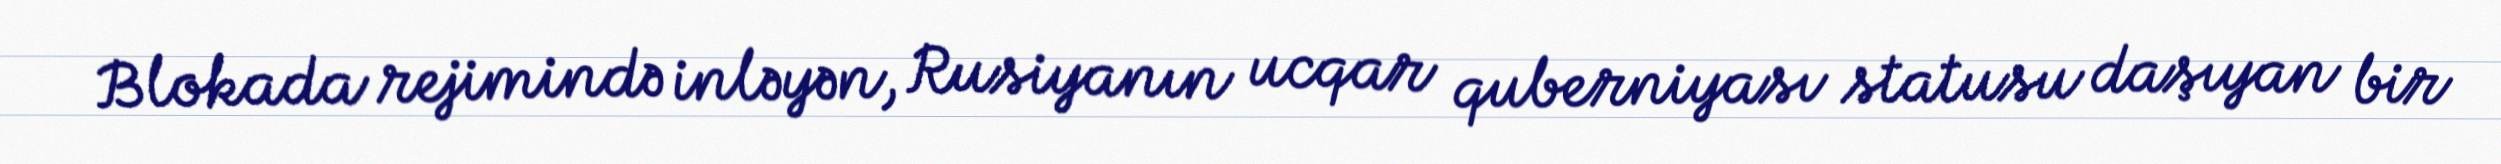
Blokada rejimində inləyən, Rusiyanın ucqar quberniyası statusu daşıyan bir